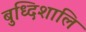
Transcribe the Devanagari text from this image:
बुध्दिशालि